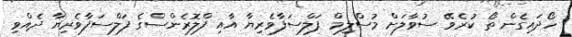
ހޯދައިގެން ތޯ ކުރެވޭ ސުވާލަށް މުސްލިމް ފަލްސަފާވެރިޔާ އާއި ފްލޮރެންސްގެ ފަލްސަފާވެރިޔާ ދެއްވި